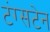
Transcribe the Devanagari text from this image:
टंग्सटेन